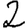
Digit: 2